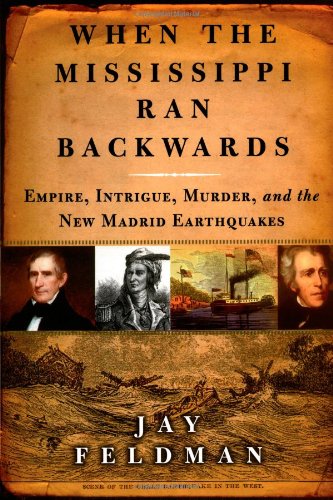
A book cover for When the Mississippi Ran Backwards: Empire, Intrigue, Murder, and the New Madrid Earthquakes of 1811-12; Jay Feldman; Science & Math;